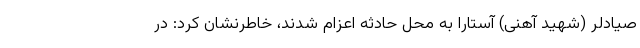
صیادلر (شهید آهنی) آستارا به محل حادثه اعزام شدند، خاطرنشان کرد: در